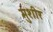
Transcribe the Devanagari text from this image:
मुशीर